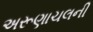
અરૂણાચલની